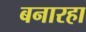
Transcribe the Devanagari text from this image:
बनारहा